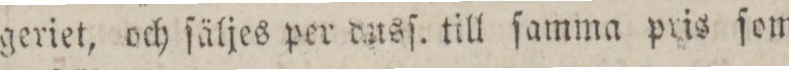
geriet, och ſäljes per dusſ. till ſamma pris ſom